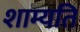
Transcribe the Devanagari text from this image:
शाम्यति